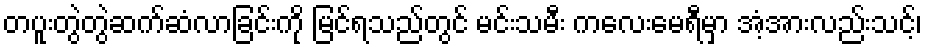
တပူးတွဲတွဲဆက်ဆံလာခြင်းကို မြင်ရသည်တွင် မင်းသမီး ကလေးမေရီမှာ အံ့အားလည်းသင့်၊